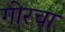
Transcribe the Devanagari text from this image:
गोरचा